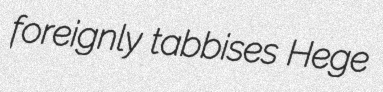
foreignly tabbises Hege